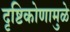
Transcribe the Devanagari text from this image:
दृष्टिकोणामुळे